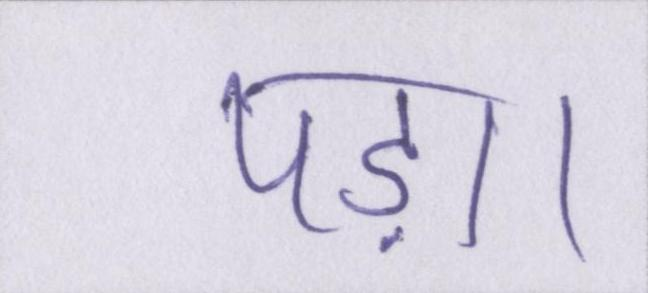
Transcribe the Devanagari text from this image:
पड़ा।